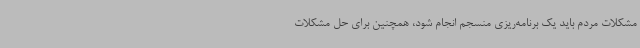
مشکلات مردم باید یک برنامه‌ریزی منسجم انجام شود، همچنین برای حل مشکلات